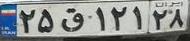
۲۵ق۱۲۱۲۸